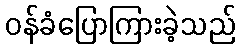
ဝန်ခံပြောကြားခဲ့သည်